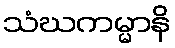
သံဃကမ္မာနိ